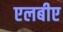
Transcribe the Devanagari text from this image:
एलबीए